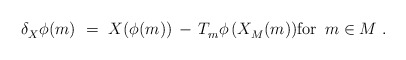
\begin{align*} \delta_X^{} \phi(m)~=~X(\phi(m)) \, - \, T_m^{} \phi \, (X_M^{}(m)) \mbox{for $\, m \in M$}~.\end{align*}